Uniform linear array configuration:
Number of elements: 32
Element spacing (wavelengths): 0.25
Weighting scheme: hamming
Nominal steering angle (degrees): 60
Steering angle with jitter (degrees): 60.258
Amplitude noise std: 0.05
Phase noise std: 0.05

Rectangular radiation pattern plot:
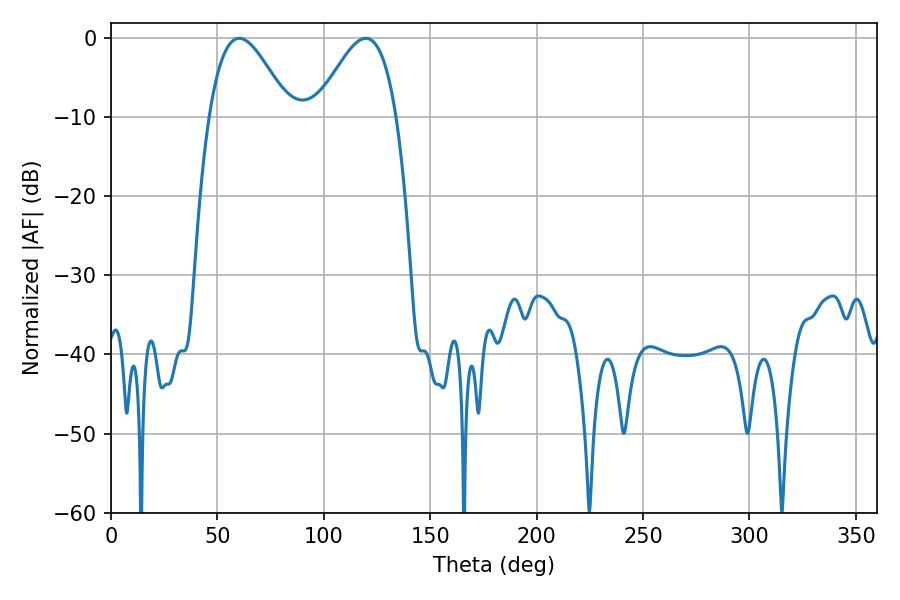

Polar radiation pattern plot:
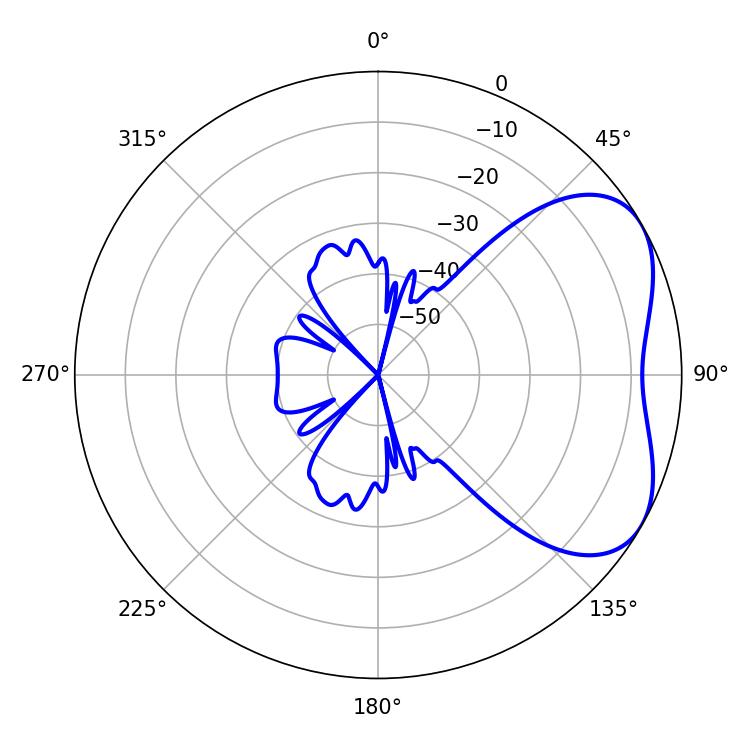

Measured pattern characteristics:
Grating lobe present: FALSE
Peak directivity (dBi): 4.505
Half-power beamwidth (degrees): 20.16
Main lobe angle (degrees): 60.3